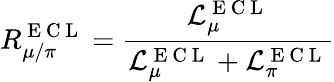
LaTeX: R_{\mu/\pi}^{\mathrm{~E~C~L~}}=\frac{\mathcal{L}_{\mu}^{\mathrm{~E~C~L~}}}{\mathcal{L}_{\mu}^{\mathrm{~E~C~L~}}+\mathcal{L}_{\pi}^{\mathrm{~E~C~L~}}}